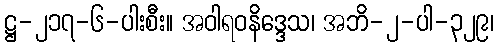
ဋ္ဌ-၂၁၇-၆-ပါးစီး။ အဝါရဝနိဒ္ဒေသ၊ အဘိ-၂-ပါ-၃၂၉၊